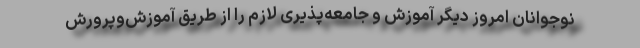
نوجوانان امروز دیگر آموزش‌ و جامعه‌پذیری لازم را از طریق آموزش‌وپرورش